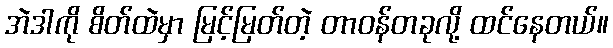
အဲဒါကို စိတ်ထဲမှာ မြင့်မြတ်တဲ့ တာဝန်တခုလို့ ထင်နေတယ်။